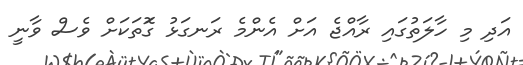
އަދި މި ހާލަތުގައި ރާއްޖެ އަށް އެންމެ ރަނގަޅު ގޮަތަކަށް ވެސް ވާނީ